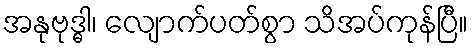
အနုဗုဒ္ဓါ၊ လျောက်ပတ်စွာ သိအပ်ကုန်ပြီ။